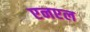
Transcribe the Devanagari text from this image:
एनएल